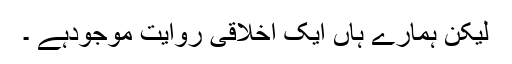
لیکن ہمارے ہاں ایک اخلاقی روایت موجودہے ۔